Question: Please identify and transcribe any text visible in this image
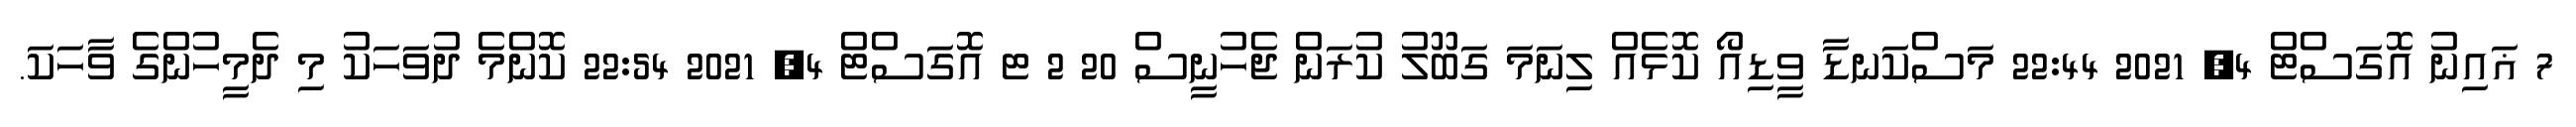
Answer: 7 ޣައިނު އޮގަސްޓް 4, 2021 22:44 މަސްކަނޑާ ވީޑިއޯ ކޮޅެއް ލިނަމަ ގަބޫލު ކުރަން ޖެހުނީސް 20 2 ޓ އޮގަސްޓް 4, 2021 22:54 ކޮންމެ ދުވަހަކު މި ދެމީހުންގެ ވާހަކަ.